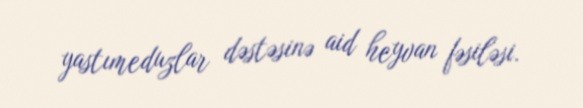
yastımeduzlar dəstəsinə aid heyvan fəsiləsi.